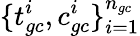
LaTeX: \{ t_{gc}^{i},c_{gc}^{i}\} _{i=1}^{n_{gc}}